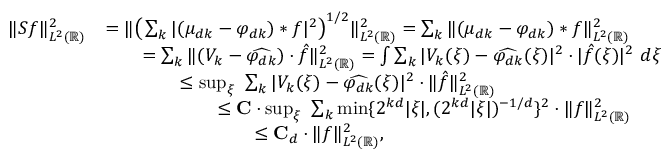
\begin{array} { r l } { \| S f \| _ { L ^ { 2 } ( \mathbb { R } ) } ^ { 2 } } & { = \| \big ( \sum _ { k } | ( \mu _ { d k } - \varphi _ { d k } ) * f | ^ { 2 } \big ) ^ { 1 / 2 } \| _ { L ^ { 2 } ( \mathbb { R } ) } ^ { 2 } = \sum _ { k } \| ( \mu _ { d k } - \varphi _ { d k } ) * f \| _ { L ^ { 2 } ( \mathbb { R } ) } ^ { 2 } } \\ & { \qquad = \sum _ { k } \| ( V _ { k } - \widehat { \varphi _ { d k } } ) \cdot \hat { f } \| _ { L ^ { 2 } ( \mathbb { R } ) } ^ { 2 } = \int \sum _ { k } | V _ { k } ( \xi ) - \widehat { \varphi _ { d k } } ( \xi ) | ^ { 2 } \cdot | \hat { f } ( \xi ) | ^ { 2 } \ d \xi } \\ & { \qquad \qquad \leq \operatorname* { s u p } _ { \xi } \ \sum _ { k } | V _ { k } ( \xi ) - \widehat { \varphi _ { d k } } ( \xi ) | ^ { 2 } \cdot \| \hat { f } \| _ { L ^ { 2 } ( \mathbb { R } ) } ^ { 2 } } \\ & { \qquad \qquad \qquad \leq \mathbf { C } \cdot \operatorname* { s u p } _ { \xi } \ \sum _ { k } \operatorname* { m i n } \{ 2 ^ { k d } | \xi | , ( 2 ^ { k d } | \xi | ) ^ { - 1 / d } \} ^ { 2 } \cdot \| f \| _ { L ^ { 2 } ( \mathbb { R } ) } ^ { 2 } } \\ & { \qquad \qquad \qquad \qquad \leq \mathbf { C } _ { d } \cdot \| f \| _ { L ^ { 2 } ( \mathbb { R } ) } ^ { 2 } , } \end{array}